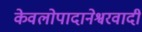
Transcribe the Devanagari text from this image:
केवलोपादानेश्वरवादी